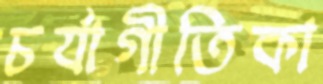
চর্যাগীতিকা